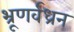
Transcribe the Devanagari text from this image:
भ्रूणर्वध्रन